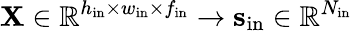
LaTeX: \mathbf{X}\in\mathbb{R}^{h_{\mathrm{in}}\times w_{\mathrm{in}}\times f_{\mathrm{in}}}\to\mathbf{s}_{\mathrm{in}}\in\mathbb{R}^{N_{\mathrm{in}}}